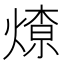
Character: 𱫽